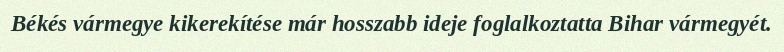
Békés vármegye kikerekítése már hosszabb ideje foglalkoztatta Bihar vármegyét.